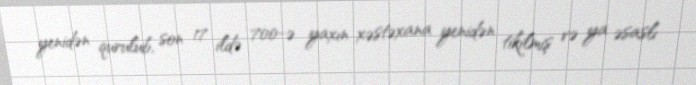
yenidən qurulub, son 17 ildə 700-ə yaxın xəstəxana yenidən tikilmiş və ya əsaslı